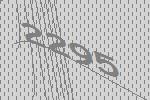
2295